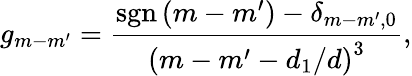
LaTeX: g_{m-m^{\prime}}=\frac{\mathrm{sgn}\left(m-m^{\prime}\right)-\delta_{m-m^{\prime},0}}{\left(m-m^{\prime}-d_{1}/d\right)^{3}},